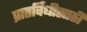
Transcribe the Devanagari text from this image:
प्रातर्विधीसाठी